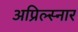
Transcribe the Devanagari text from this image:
अप्रिल्स्नार